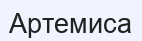
Артемиса